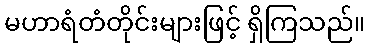
မဟာရံတံတိုင်းများဖြင့် ရှိကြသည်။